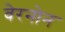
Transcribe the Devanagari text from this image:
वेरनोन